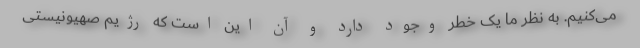
می‌کنیم. به نظر ما یک خطر وجود دارد و آن این است که رژیم صهیونیستی